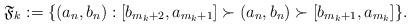
LaTeX: \begin{align*}\mathfrak{F}_k:=\{(a_{n}, b_{n}): [b_{m_{k}+2}, a_{m_{k}+1}]\succ (a_{n}, b_{n})\succ [b_{m_{k}+1}, a_{m_{k}}]\}.\end{align*}